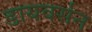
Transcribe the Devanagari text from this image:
डायवर्सन